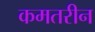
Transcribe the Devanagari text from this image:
कमतरीन